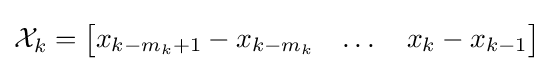
{\mathcal {X}}_{k}={\begin{bmatrix}x_{k-m_{k}+1}-x_{k-m_{k}}&\dots &x_{k}-x_{k-1}\end{bmatrix}}